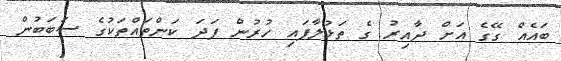
ބައެއް ގޭގެ އަށް ދާއިރު ގެ ތަޅުލާފައި ހުރުން ފަދަ ކަންތައްތަކުގެ ސަބަބުން